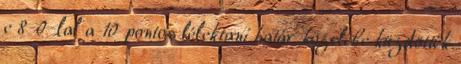
e 8-0-lal a 10 pontos lélektani határ közelébe küzdötték